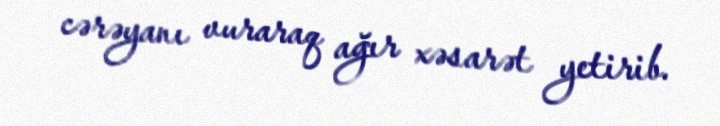
cərəyanı vuraraq ağır xəsarət yetirib.